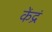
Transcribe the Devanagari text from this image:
केंद्रं